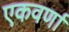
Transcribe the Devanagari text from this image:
एकवर्णा